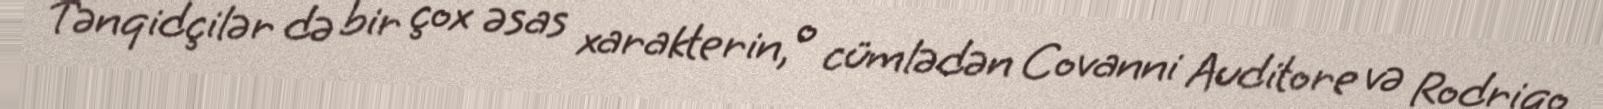
Tənqidçilər də bir çox əsas xarakterin, o cümlədən Covanni Auditore və Rodriqo